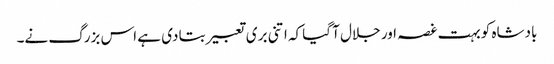
بادشاہ کو بہت غصہ اور جلال آ گیا کہ اتنی بری تعبیر بتا دی ہے اس بزرگ نے۔